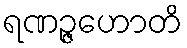
ရဏဉ္ဇဟောတိ